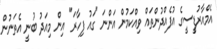
އެމްއާރުޑީީސީގެ އުފެއްދުންތައް ވިއްކަމުން އަންނަ "ގައު ފިހާރަ" އިން މިއަދު ބުނީ އެތަނުން